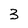
Character: 3